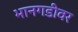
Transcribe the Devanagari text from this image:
भानगडीवर